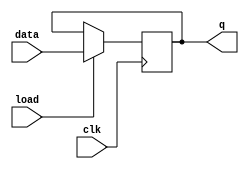

module inputRegister_sefunmi(clk, load, data, q);
	input  		  clk, load;
	input  [7:0] data;
   output [7:0] q;
   reg    [7:0] q;

	// Register with active-high clock & asynchronous load
   always @(posedge clk) begin
      if (load)
         q <= data;
   end
    

endmodule